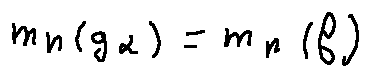
m _ { n } ( g _ { \alpha } ) = m _ { n } ( f )